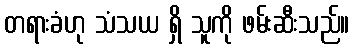
တရားခံဟု သံသယ ရှိ သူကို ဖမ်းဆီးသည်။